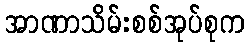
အာဏာသိမ်းစစ်အုပ်စုက